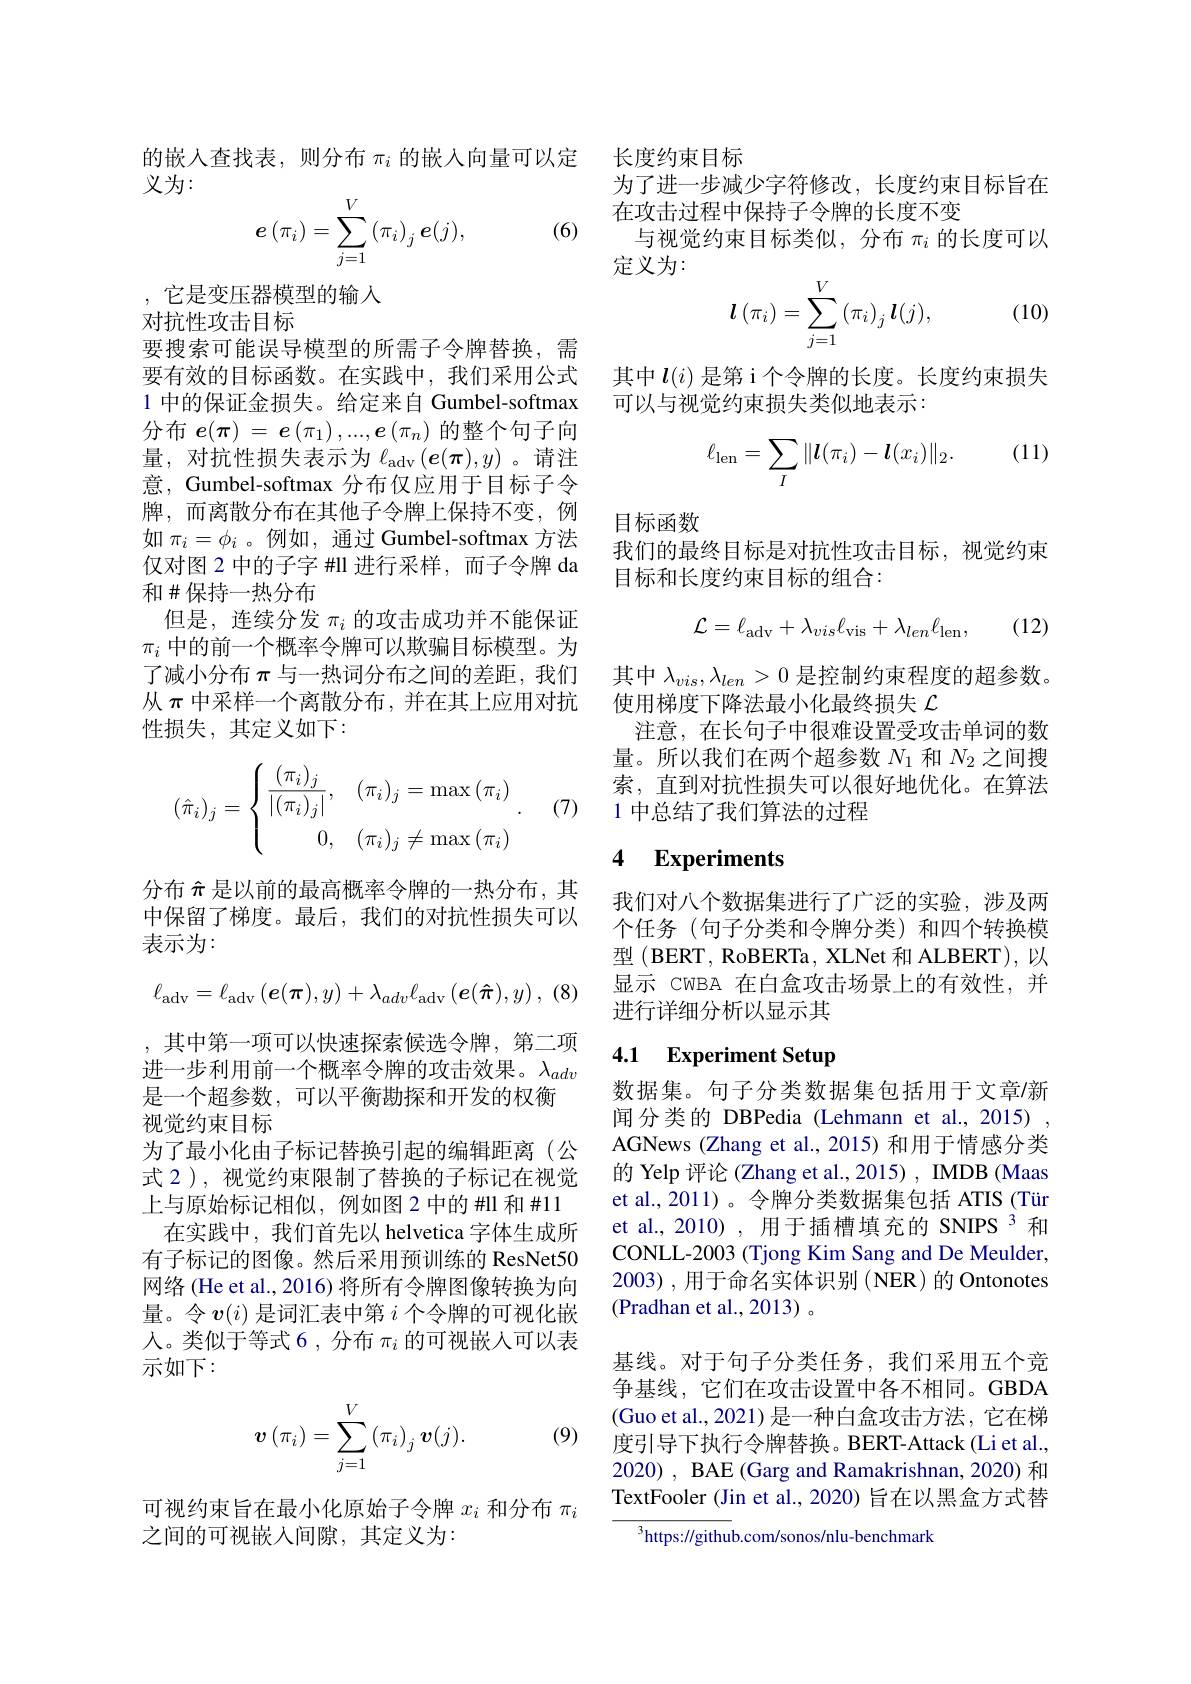
的嵌入查找表，则分布$\pi_i$的嵌入向量可以定
义为：
$$e\left(\pi_{i}\right)=\sum\limits_{j=1}^{V}\left(\pi_{i}\right)_{j}e(j),$$
(6)

,它是变压器模型的输入
对抗性攻击目标

要搜索可能误导模型的所需子令牌替换，需要有效的目标函数。在实践中，我们采用公式1 中的保证金损失。给定来自 Gumbel-softmax 分布 $e(\pi)=\boldsymbol{e}\left(\pi_1\right),...,\boldsymbol{e}\left(\pi_n\right)$的整个句子向量，对抗性损失表示为$\ell_\mathrm{adv}\left(\boldsymbol{e}(\boldsymbol{\pi}),y\right)$。请注意，Gumbel-softmax 分布仅应用于目标子令牌，而离散分布在其他子令牌上保持不变，例如$\pi_i=\phi_i$ 。例如 ,通过 Gumbel-softmax 方法仅对图 2 中的子字 ##0000年于100年1月1日本和 #保持一热分布
但是，连续分发$\pi_i$的攻击成功并不能保证$\pi_i$中的前一个概率令牌可以欺骗目标模型。为了减小分布$\pi$与一热词分布之间的差距，我们从$\pi$中采样一个离散分布，并在其上应用对抗性损失，其定义如下：
$$(\hat{\pi}_i)_j=\begin{cases}\dfrac{(\pi_i)_j}{|(\pi_i)_j|},&(\pi_i)_j=\max{(\pi_i)}\\\quad0,&(\pi_i)_j\neq\max{(\pi_i)}\end{cases}.$$
(7)

分布$\hat{\pi}$是以前的最高概率令牌的一热分布，其中保留了梯度。最后，我们的对抗性损失可以表示为：
$$\ell_{\mathrm{adv}}=\ell_{\mathrm{adv}}\left(\boldsymbol{e}(\boldsymbol{\pi}),y\right)+\lambda_{adv}\ell_{\mathrm{adv}}\left(\boldsymbol{e}(\boldsymbol{\pi}),y\right),$$
, 其中第一项可以快速探索候选令牌，第二项进一步利用前一个概率令牌的攻击效果。$\lambda_{adv}$ 是一个超参数，可以平衡勘探和开发的权衡视觉约束目标
为了最小化由子标记替换引起的编辑距离(公式 2), 视觉约束限制了替换的子标记在视觉上与原始标记相似，例如图 2 中的 Hll 和 #11在实践中，我们首先以 helvetica 字体生成所
有子标记的图像。然后采用预训练的 ResNet50网络 (He et al., 2016) 将所有令牌图像转换为向量。令$v(i)$是词汇表中第$i$个令牌的可视化嵌人。类似于等式 6 , 分布$\pi_i$的可视嵌入可以表示如下：

(9)
$$\boldsymbol{v}\left(\pi_{i}\right)=\sum\limits_{j=1}^{V}\left(\pi_{i}\right)_{j}\boldsymbol{v}(j).$$
可视约束旨在最小化原始子令牌$x_i$和分布$\pi_i$
之间的可视嵌入间隙，其定义为：

长度约束目标
为了进一步减少字符修改，长度约束目标旨在
在攻击过程中保持子令牌的长度不变
与视觉约束目标类似，分布$\pi_i$的长度可以
定义为：
$$\boldsymbol{l}\left(\pi_i\right)=\sum_{j=1}^V\left(\pi_i\right)_j\boldsymbol{l}(j),$$
(10)

其中$l(i)$是第 i 个令牌的长度。长度约束损失
可以与视觉约束损失类似地表示：

(11)
$$\ell_{\mathrm{len}}=\sum_I\|\boldsymbol{l}(\pi_i)-\boldsymbol{l}(x_i)\|_2.$$
目标函数
我们的最终目标是对抗性攻击目标，视觉约束
目标和长度约束目标的组合：

(12)
$$\mathcal{L}=\ell_{\mathrm{adv}}+\lambda_{vis}\ell_{\mathrm{vis}}+\lambda_{len}\ell_{\mathrm{len}},$$
其中$\lambda_{vis},\lambda_{len}>0$是控制约束程度的超参数。
使用梯度下降法最小化最终损失$\mathcal{L}$
注意，在长句子中很难设置受攻击单词的数量。所以我们在两个超参数$N_{1}$和$N_{2}$之间搜索，直到对抗性损失可以很好地优化。在算法1 中总结了我们算法的过程

### 4 Experiments

我们对八个数据集进行了广泛的实验，涉及两个任务(句子分类和令牌分类)和四个转换模型(BERT, RoBERTa, XLNet 和 ALBERT), 以显示 CwBA 在白盒攻击场景上的有效性，并进行详细分析以显示其

# 4.1 Experiment Setup

数据集。句子分类数据集包括用于文章/新闻分类的 DBPedia (Lehmann et al.,2015) , AGNews (Zhang et al., 2015) 和用于情感分类的 Yelp 评论 (Zhang et al., 2015) , IMDB (Maas et al.,2011)。令牌分类数据集包括 ATIS (Tür et al., 2010) , 用于插槽填充的 SNIPS 3 和CONLL-2003 (Tjong Kim Sang and De Meulder, 2003),用于命名实体识别(NER)的 Ontonotes (Pradhan et al.,2013)。
基线。对于句子分类任务，我们采用五个竞争基线，它们在攻击设置中各不相同。GBDA (Guo et al., 2021)是一种白盒攻击方法，它在梯度引导下执行令牌替换。BERT-Attack(Li et al., 2020) , BAE (Garg and Ramakrishnan, 2020) 和TextFooler (Jin et al., 2020) 旨在以黑盒方式替

$^{3}$https://github.com/sonos/nlu-benchmark